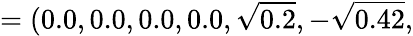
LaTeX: =(0.0,0.0,0.0,0.0,\sqrt{0.2},-\sqrt{0.42},